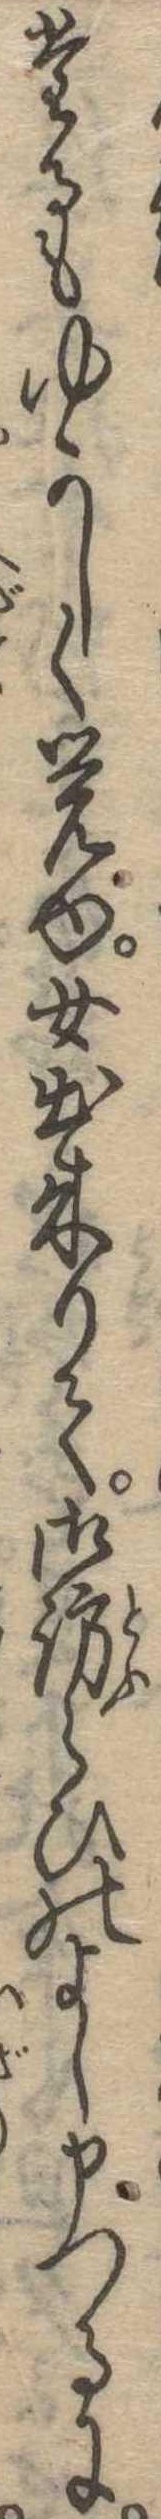
たるもゆかしく覚ゆ女出来りて御訪らひのよし申つるに